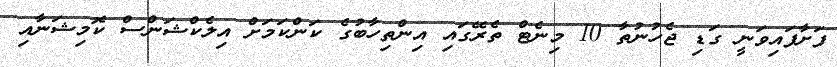
ފަށާފައިވަނީ ގަޑި ޖެހުނުތާ 10 މިނެޓް ތެރޭގައި އިންތިހާބުގެ ކަންކަމަށް އިލެކްޝަންސް ކޮމިޝަނާއި